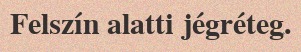
Felszín alatti jégréteg.